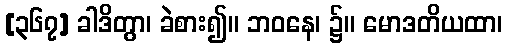
[၃၆၇] ခါဒိတွာ၊ ခဲစား၍။ ဘဝနေ၊ ၌။ မောဒတိယထာ၊